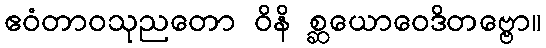
ဧဝံတာဝသုညတော ဝိနိ စ္ဆယောဝေဒိတဗ္ဗော။